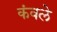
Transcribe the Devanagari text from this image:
कंवले